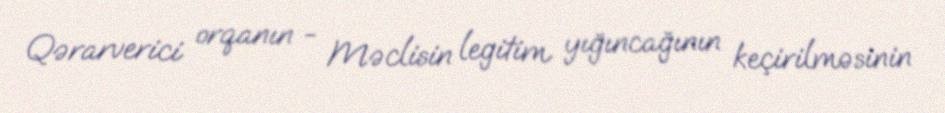
Qərarverici orqanın - Məclisin legitim yığıncağının keçirilməsinin